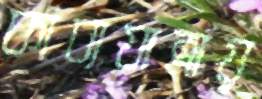
কাব্যযাত্রায়